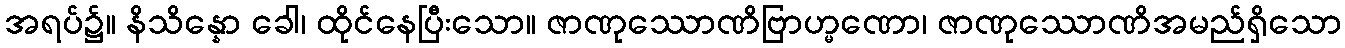
အရပ်၌။ နိသိန္နော ခေါ၊ ထိုင်နေပြီးသော။ ဇာဏုဿောဏိဗြာဟ္မဏော၊ ဇာဏုဿောဏိအမည်ရှိသော